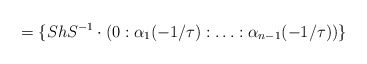
\begin{align*}=\{ShS^{-1} \cdot (0:\alpha_1(-1/\tau):\ldots:\alpha_{n-1}(-1/\tau) )\}\end{align*}